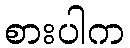
စားပါက